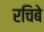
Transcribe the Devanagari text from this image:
रचिबे